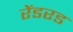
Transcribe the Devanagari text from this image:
रेंडरड